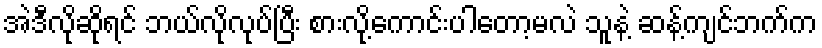
အဲဒီလိုဆိုရင် ဘယ်လိုလုပ်ပြီး စားလို့ကောင်းပါတော့မလဲ သူနဲ့ ဆန့်ကျင်ဘက်က